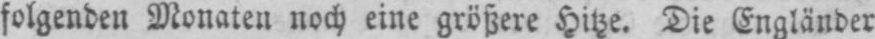
folgenden Monaten noch eine größere Hitze. Die Engländer